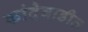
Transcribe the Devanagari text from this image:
कांदेवाडीत